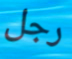
رجل